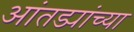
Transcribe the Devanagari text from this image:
आंतड्यांच्या